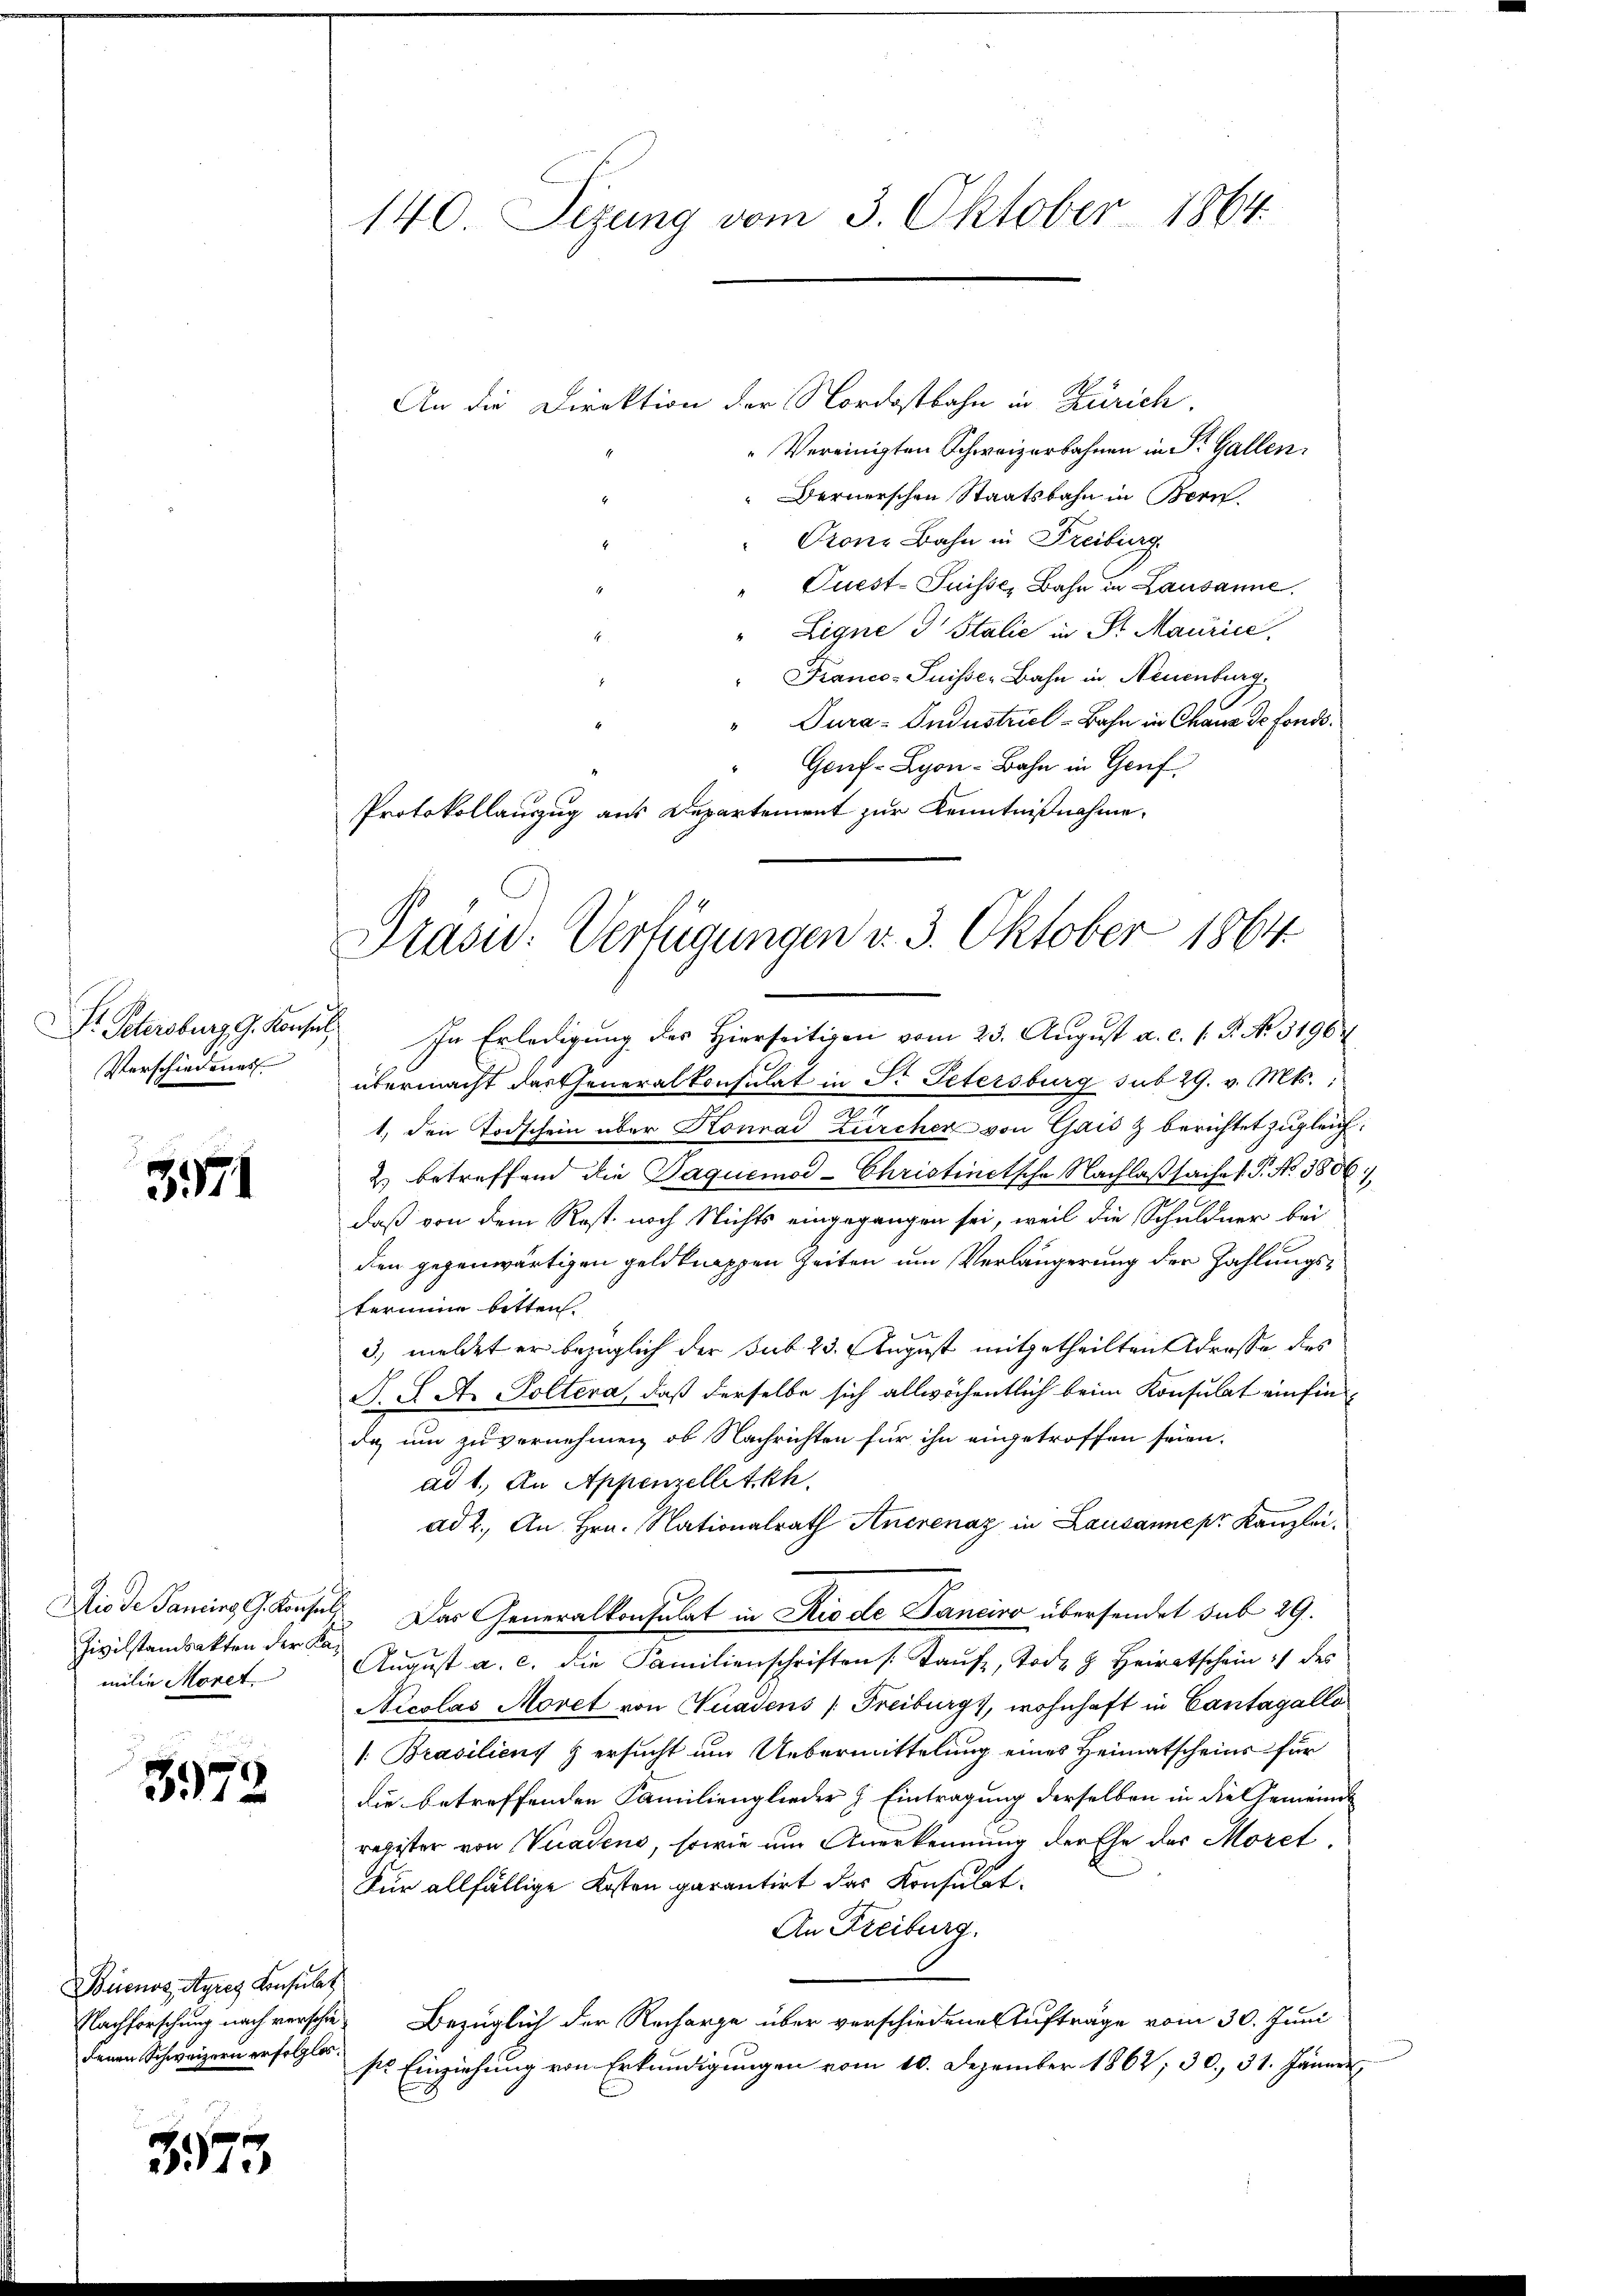
Verschiedenes

3971

Zivilstandsakten der Kamilie Moret

3972

Buenos Ayres Konsulat
denen Schweizern erfolglos.

3975.

140 Sizung vom 3. Oktober 1864.

Protokollauszug aus Departement zur Kenntnißnahme.
Präsid. Verfügungen v. 3. Oktober 1864

An die Direktion der Nordostbahn in Zürich.
" Vereinigten Schweizerbahnen in St. Gallen.
Dernerschen Staatsbahn in Bern.
Orone Bahn in Freiburg.
Quest-Suisse, Bahn in Lausanne.
Ligne 3 Stalie in St. Maurice,
" Franco- Puisse, Bahn in Neuenburg
" Tura- Industriel-Bahn in Chaus de fondo.
Geuf-Lyon-Bahn in Genf.
St. Petersburg G. Konsul, In Erledigŭng des Hierseitigen vom 23. August a. c. s. S. No. 31964
übermacht das Generalkonsulat in Dr. Petersburg sub 29. v. Mts.
1, den Todschein über Konrad Zürcher von Gais & berichtet zugleich¬
2) betreffend die Paquemod- Christinetsche Nachlaßsache (T. No 3806/
daß von dem Rost noch Nichts eingegangen sei, weil die Schuldner bei
1 x
den gegenwärtigen geldknappen Zeiten um Verlängerung der Zahlungstermine bitten.
3) meldet er bezüglich der sub 23. August mitgetheilten Adresse des
N. J. A. Poltera, daß derselbe sich allwöchentlich beim Konsulat einfinda um zu vernehmen, ob Nachrichten für ihn eingetroffen seien.
ad 1. In Appenzellitkh
ad 2. An Hrn. Nationalrath Anerenaz in Lausanne pr Kanzlei¬
Diode damins G. Konsuls. Das Generalkonsulat in Riede Panciso übersendet sub 29.
Aŭgŭst a. c. die Familienschriften /: Taŭfz, Tode & Heiratschein :/ des
Nicolas Movet von Nuadens (Freiburgs, wohnhaft in Cantagallo
/. Brasiliens & ersucht um Uebermittelung eines Heimatscheins für
die betreffenden Familienglieder & Eintragung derselben in die Gemeinde
register von Viadens, sowie am Anerkennung der Ehe der Moret,
Für allfällige Kosten garantirt das Konsulat
An Freiburg.
Nachforschung nach verschie Bezüglich der Recharge über verschiedenen Aufträge vom 30. Juni
se Einziehung von Erkundigungen vom 10. Dezember 1862; 30, 31. Jänner